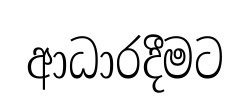
ආධාරදීමට